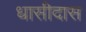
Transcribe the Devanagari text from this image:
धासीदास